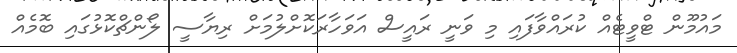
މައުމޫން ޓްވީޓެއް ކުރައްވާފައި މި ވަނީ ރައީސް އަވަހާރަކޮށްލުމަށް ރިޔާސީ ލޯންޗްކޮޅުގައި ބޮމެއް